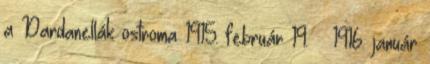
a Dardanellák ostroma 1915. február 19. – 1916. január